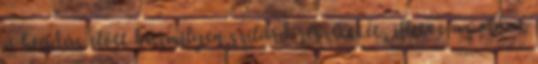
a beadás előtt bármilyen szilárd részecskét, illetve az oldat